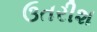
ઉતરીશ